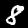
Label: 8